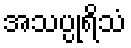
အသပ္ပုရိသံ